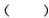
( )